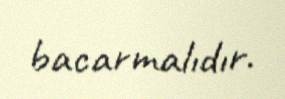
bacarmalıdır.